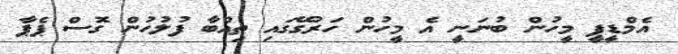
އެމްޑީޕީ މީހުން ބުނަނީ އެ މީހުން ހަރުގޭގައި ތިއްބާ ފުލުހުން ގޮސް ޕެޕާ